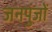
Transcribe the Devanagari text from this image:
जनपुंजों